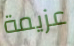
عزيمة